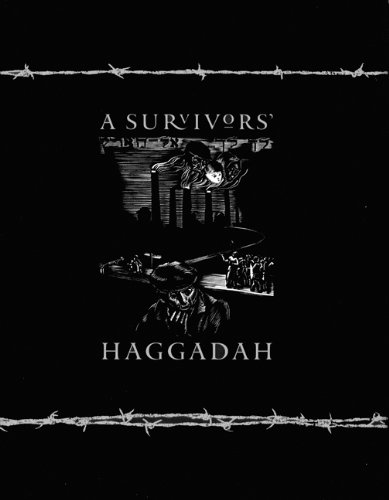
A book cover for A Survivors' Haggadah; Yosef Dov Sheinson; Religion & Spirituality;